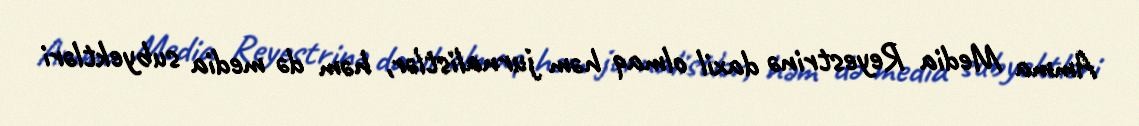
Amma Media Reyestrinə daxil olmaq həm jurnalistlər, həm də media subyektləri